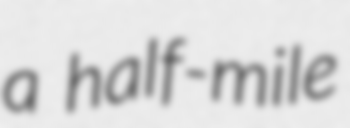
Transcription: a half-mile